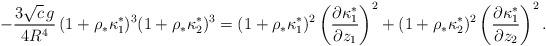
LaTeX: \begin{align*} -\frac{3\sqrt{c}\, g}{4R^4}\, (1+\rho_*\kappa_1^*)^{3}(1+\rho_*\kappa_2^*)^{3}=(1+\rho_{*}\kappa^{*}_{1})^{2}\left(\frac{\partial \kappa^{*}_{1}}{\partial z_{1}}\right)^{2} + (1+\rho_{*}\kappa^{*}_{2})^{2}\left(\frac{\partial \kappa^{*}_{1}}{\partial z_{2}}\right)^{2}.\end{align*}